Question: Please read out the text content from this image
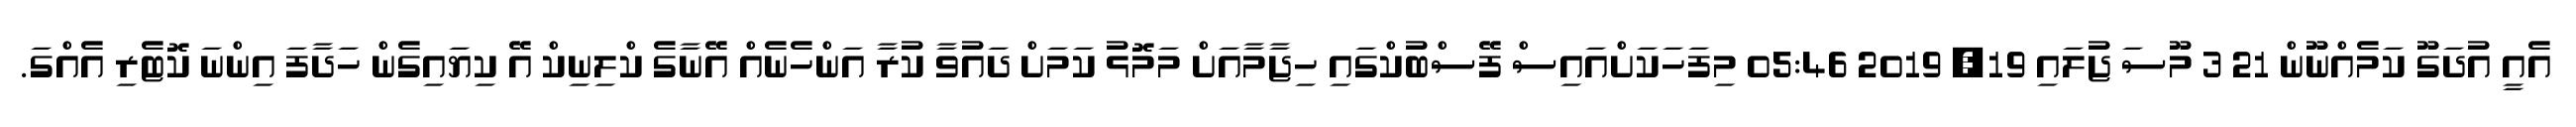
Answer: އެއީ އުދަގޫ ކަމެއްނޫން 21 3 މޫސަ ޖުލައި 19, 2019 05:46 މިފަހަކަށްއައިސް ފޭސްބުކްގައި ހިޖާމާއަށް މަމޮޅު ކަމަށް ދައުވާ ކުރާ އަންހެނެއް އޭނާގެ ކްލިނިކް އޭ ކިޔައިގެން ހަދާފަ އިންނަ ކޮޓެރި އެއްގަ.